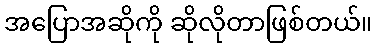
အပြောအဆိုကို ဆိုလိုတာဖြစ်တယ်။